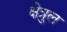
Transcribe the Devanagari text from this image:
क्षेत्रुल